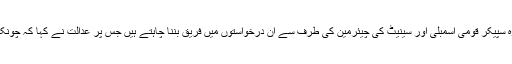
سپریم کورٹ کے وکیل کامران مرتضی عدالت میں پیش ہوئے اور کہا کہ وہ سپیکر قومی اسمبلی اور سینیٹ کی چیئرمین کی طرف سے ان درخواستوں میں فریق بننا چاہتے ہیں جس پر عدالت نے کہا کہ چونکہ وہ ان درخواستوں میں فریق نہیں ہیں اس لیے اُنھیں فریق نہیں بنایا جاسکتا۔